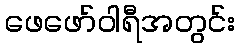
ဖေဖော်ဝါရီအတွင်း